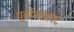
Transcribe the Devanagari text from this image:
पूर्वाभाद्रपद